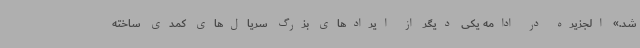
شد.» الجزیره در ادامه یکی دیگر از ایرادهای بزرگ سریال‌های کمدی ساخته